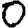
Digit: 0